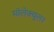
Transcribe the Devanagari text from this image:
मॉलेक्‍युलर